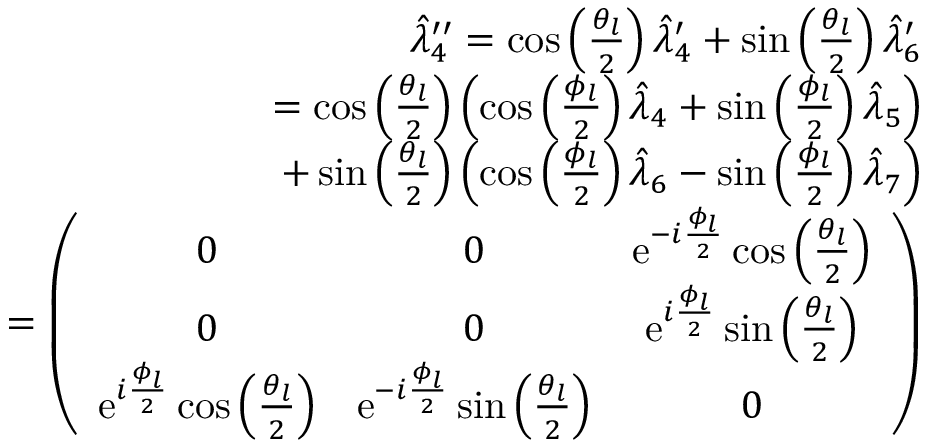
\begin{array} { r l r } & { } & { \hat { \lambda } _ { 4 } ^ { \prime \prime } = \cos \left( \frac { \theta _ { l } } { 2 } \right) \hat { \lambda } _ { 4 } ^ { \prime } + \sin \left( \frac { \theta _ { l } } { 2 } \right) \hat { \lambda } _ { 6 } ^ { \prime } } \\ & { } & { = \cos \left( \frac { \theta _ { l } } { 2 } \right) \left( \cos \left( \frac { \phi _ { l } } { 2 } \right) \hat { \lambda } _ { 4 } + \sin \left( \frac { \phi _ { l } } { 2 } \right) \hat { \lambda } _ { 5 } \right) } \\ & { } & { \ \ + \sin \left( \frac { \theta _ { l } } { 2 } \right) \left( \cos \left( \frac { \phi _ { l } } { 2 } \right) \hat { \lambda } _ { 6 } - \sin \left( \frac { \phi _ { l } } { 2 } \right) \hat { \lambda } _ { 7 } \right) } \\ & { } & { = \left( \begin{array} { c c c } { 0 } & { 0 } & { \mathrm { e } ^ { - i \frac { \phi _ { l } } { 2 } } \cos \left( \frac { \theta _ { l } } { 2 } \right) } \\ { 0 } & { 0 } & { \mathrm { e } ^ { i \frac { \phi _ { l } } { 2 } } \sin \left( \frac { \theta _ { l } } { 2 } \right) } \\ { \mathrm { e } ^ { i \frac { \phi _ { l } } { 2 } } \cos \left( \frac { \theta _ { l } } { 2 } \right) } & { \mathrm { e } ^ { - i \frac { \phi _ { l } } { 2 } } \sin \left( \frac { \theta _ { l } } { 2 } \right) } & { 0 } \end{array} \right) } \end{array}